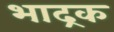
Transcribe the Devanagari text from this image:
भाद्रक